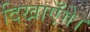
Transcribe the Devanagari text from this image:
दिखाएँगे।